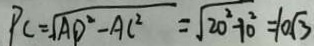
P C = \sqrt { A D ^ { 2 } - A C ^ { 2 } } = \sqrt { 2 0 ^ { 2 } + 1 0 ^ { 2 } } = 1 0 \sqrt { 3 }